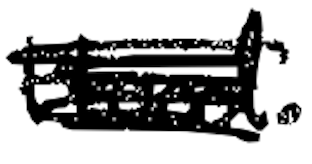
Text: Hood.
Cross-out: scratch
Writing tool: digital_black